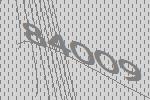
84009